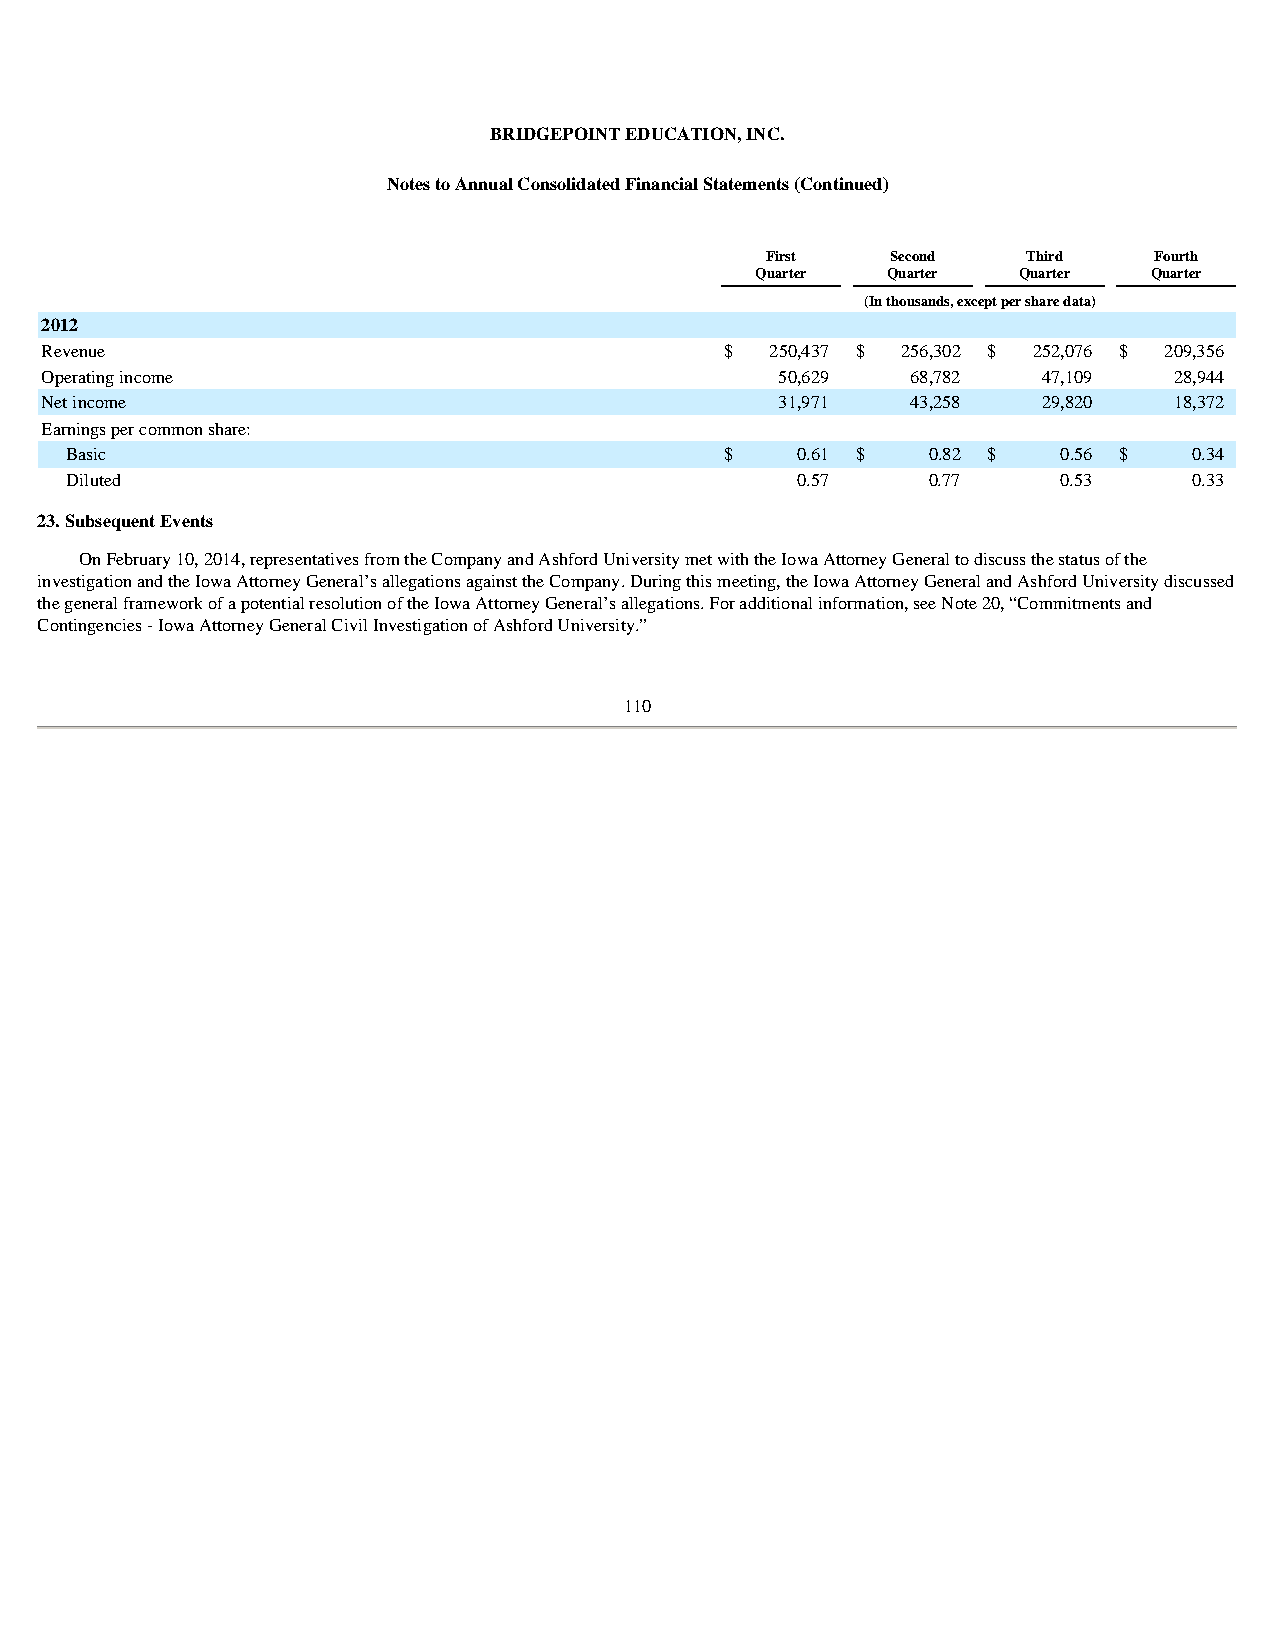
BRIDGEPOINT EDUCATION, INC.
 Notes to Annual Consolidated Financial Statements (Continued)
 First   Second   Third   Fourth
 Quarter  Quarter Quarter  Quarter
 (In thousands, except per share data)
 2012
 Revenue                                      $  250,437 $ 256,302 $ 252,076 $ 209,356
 Operating income                                 50,629  68,782   47,109   28,944
 Net income                                       31,971  43,258   29,820   18,372
 Earnings per common share:
 Basic                                       $    0.61 $  0.82 $   0.56 $   0.34
 Diluted                                          0.57    0.77     0.53     0.33
 23. Subsequent Events
 On February 10, 2014, representatives from the Company and Ashford University met with the Iowa Attorney General to discuss the status of the
 investigation and the Iowa Attorney General’s allegations against the Company. During this meeting, the Iowa Attorney General and Ashford University discussed
 the general framework of a potential resolution of the Iowa Attorney General’s allegations. For additional information, see Note 20, “Commitments and
 Contingencies - Iowa Attorney General Civil Investigation of Ashford University.”
 110